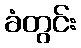
ခံတွင်း